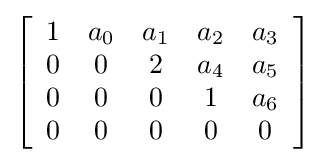
\left[{\begin{array}{ccccc}1&a_{0}&a_{1}&a_{2}&a_{3}\\0&0&2&a_{4}&a_{5}\\0&0&0&1&a_{6}\\0&0&0&0&0\end{array}}\right]